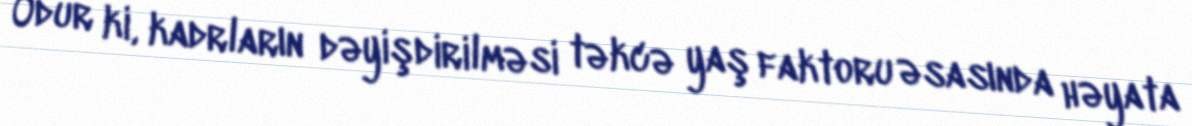
Odur ki, kadrların dəyişdirilməsi təkcə yaş faktoru əsasında həyata